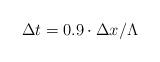
LaTeX: \begin{align*} \Delta t = 0.9 \cdot \Delta x / \Lambda\end{align*}